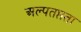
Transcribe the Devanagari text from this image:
अल्पतप्तता